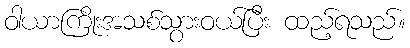
ဝါယာကြိုးအသစ်သွားဝယ်ပြီး ထည့်ရသည်။